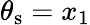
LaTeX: \theta_{\mathrm{s}}=x_{1}